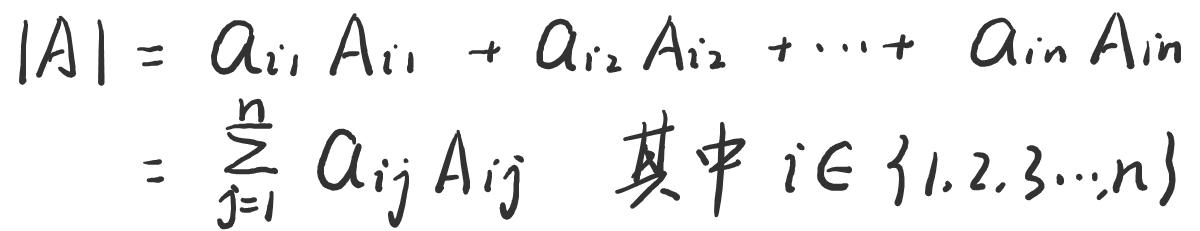
\[
\begin{align*}
|A|&=a_{i1}A_{i1}+a_{i2}A_{i2}+\cdots + a_{in}A_{in}\\
&=\sum_{j = 1}^{n}a_{ij}A_{ij}\quad \text{其中 }i\in\{1,2,3,\cdots,n\}
\end{align*}
\]